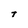
Character: t